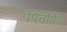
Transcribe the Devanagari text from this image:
पिनीपेड